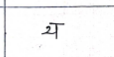
मजकूर: य